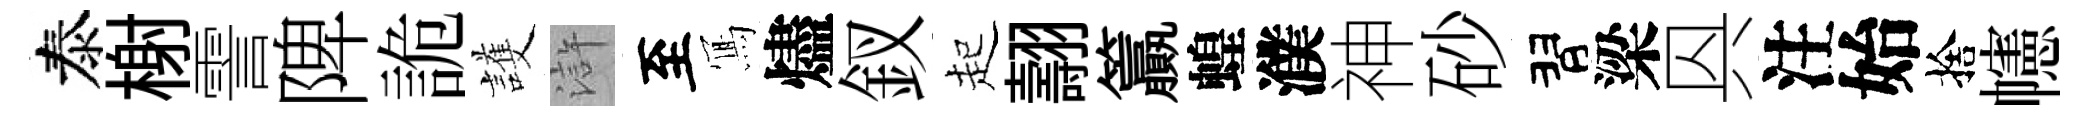
泰榭霅陴詭護滸至𭂁燼釵起翿籯蝗濮神砂習梁㒷注始捨幰